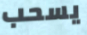
يسحب